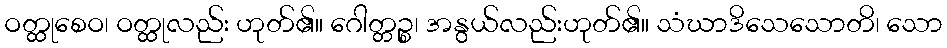
ဝတ္ထုစေဝ၊ ဝတ္ထုလည်း ဟုတ်၏။ ဂေါတ္တဉ္စ၊ အနွယ်လည်းဟုတ်၏။ သံဃာဒိသေသောတိ၊ သော